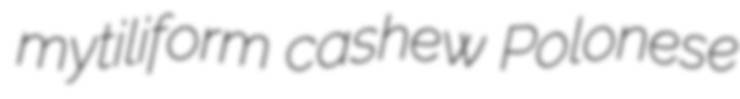
mytiliform cashew Polonese